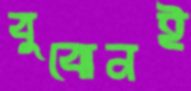
বুঝেনই